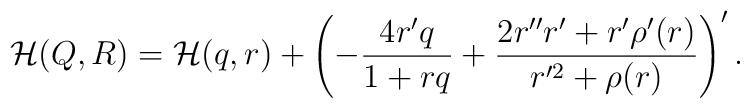
{\cal H}(Q,R) = {\cal H}(q,r) + \left(- \frac{4r'q}{1 + rq} + \frac{2r''r'+ r'\rho'(r)}{r'^2 + \rho(r)}\right)'.